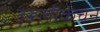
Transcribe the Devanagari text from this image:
उरूलीकंचन